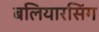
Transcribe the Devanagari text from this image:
बलियारसिंग